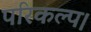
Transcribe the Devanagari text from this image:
परिकल्प।